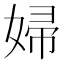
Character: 婦